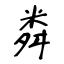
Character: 粦